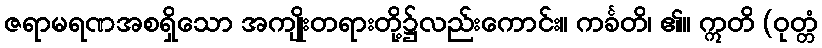
ဇရာမရဏအစရှိသော အကျိုးတရားတို့၌လည်းကောင်း။ ကင်္ခတိ၊ ၏။ ဣတိ (ဝုတ္တံ